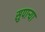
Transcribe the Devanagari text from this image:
सुपार्‍या